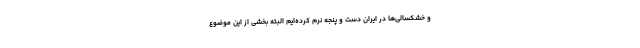
و خشکسالی‌ها در ایران دست و پنجه نرم کرده‌ایم البته بخشی از این موضوع